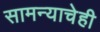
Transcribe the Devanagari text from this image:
सामन्याचेही